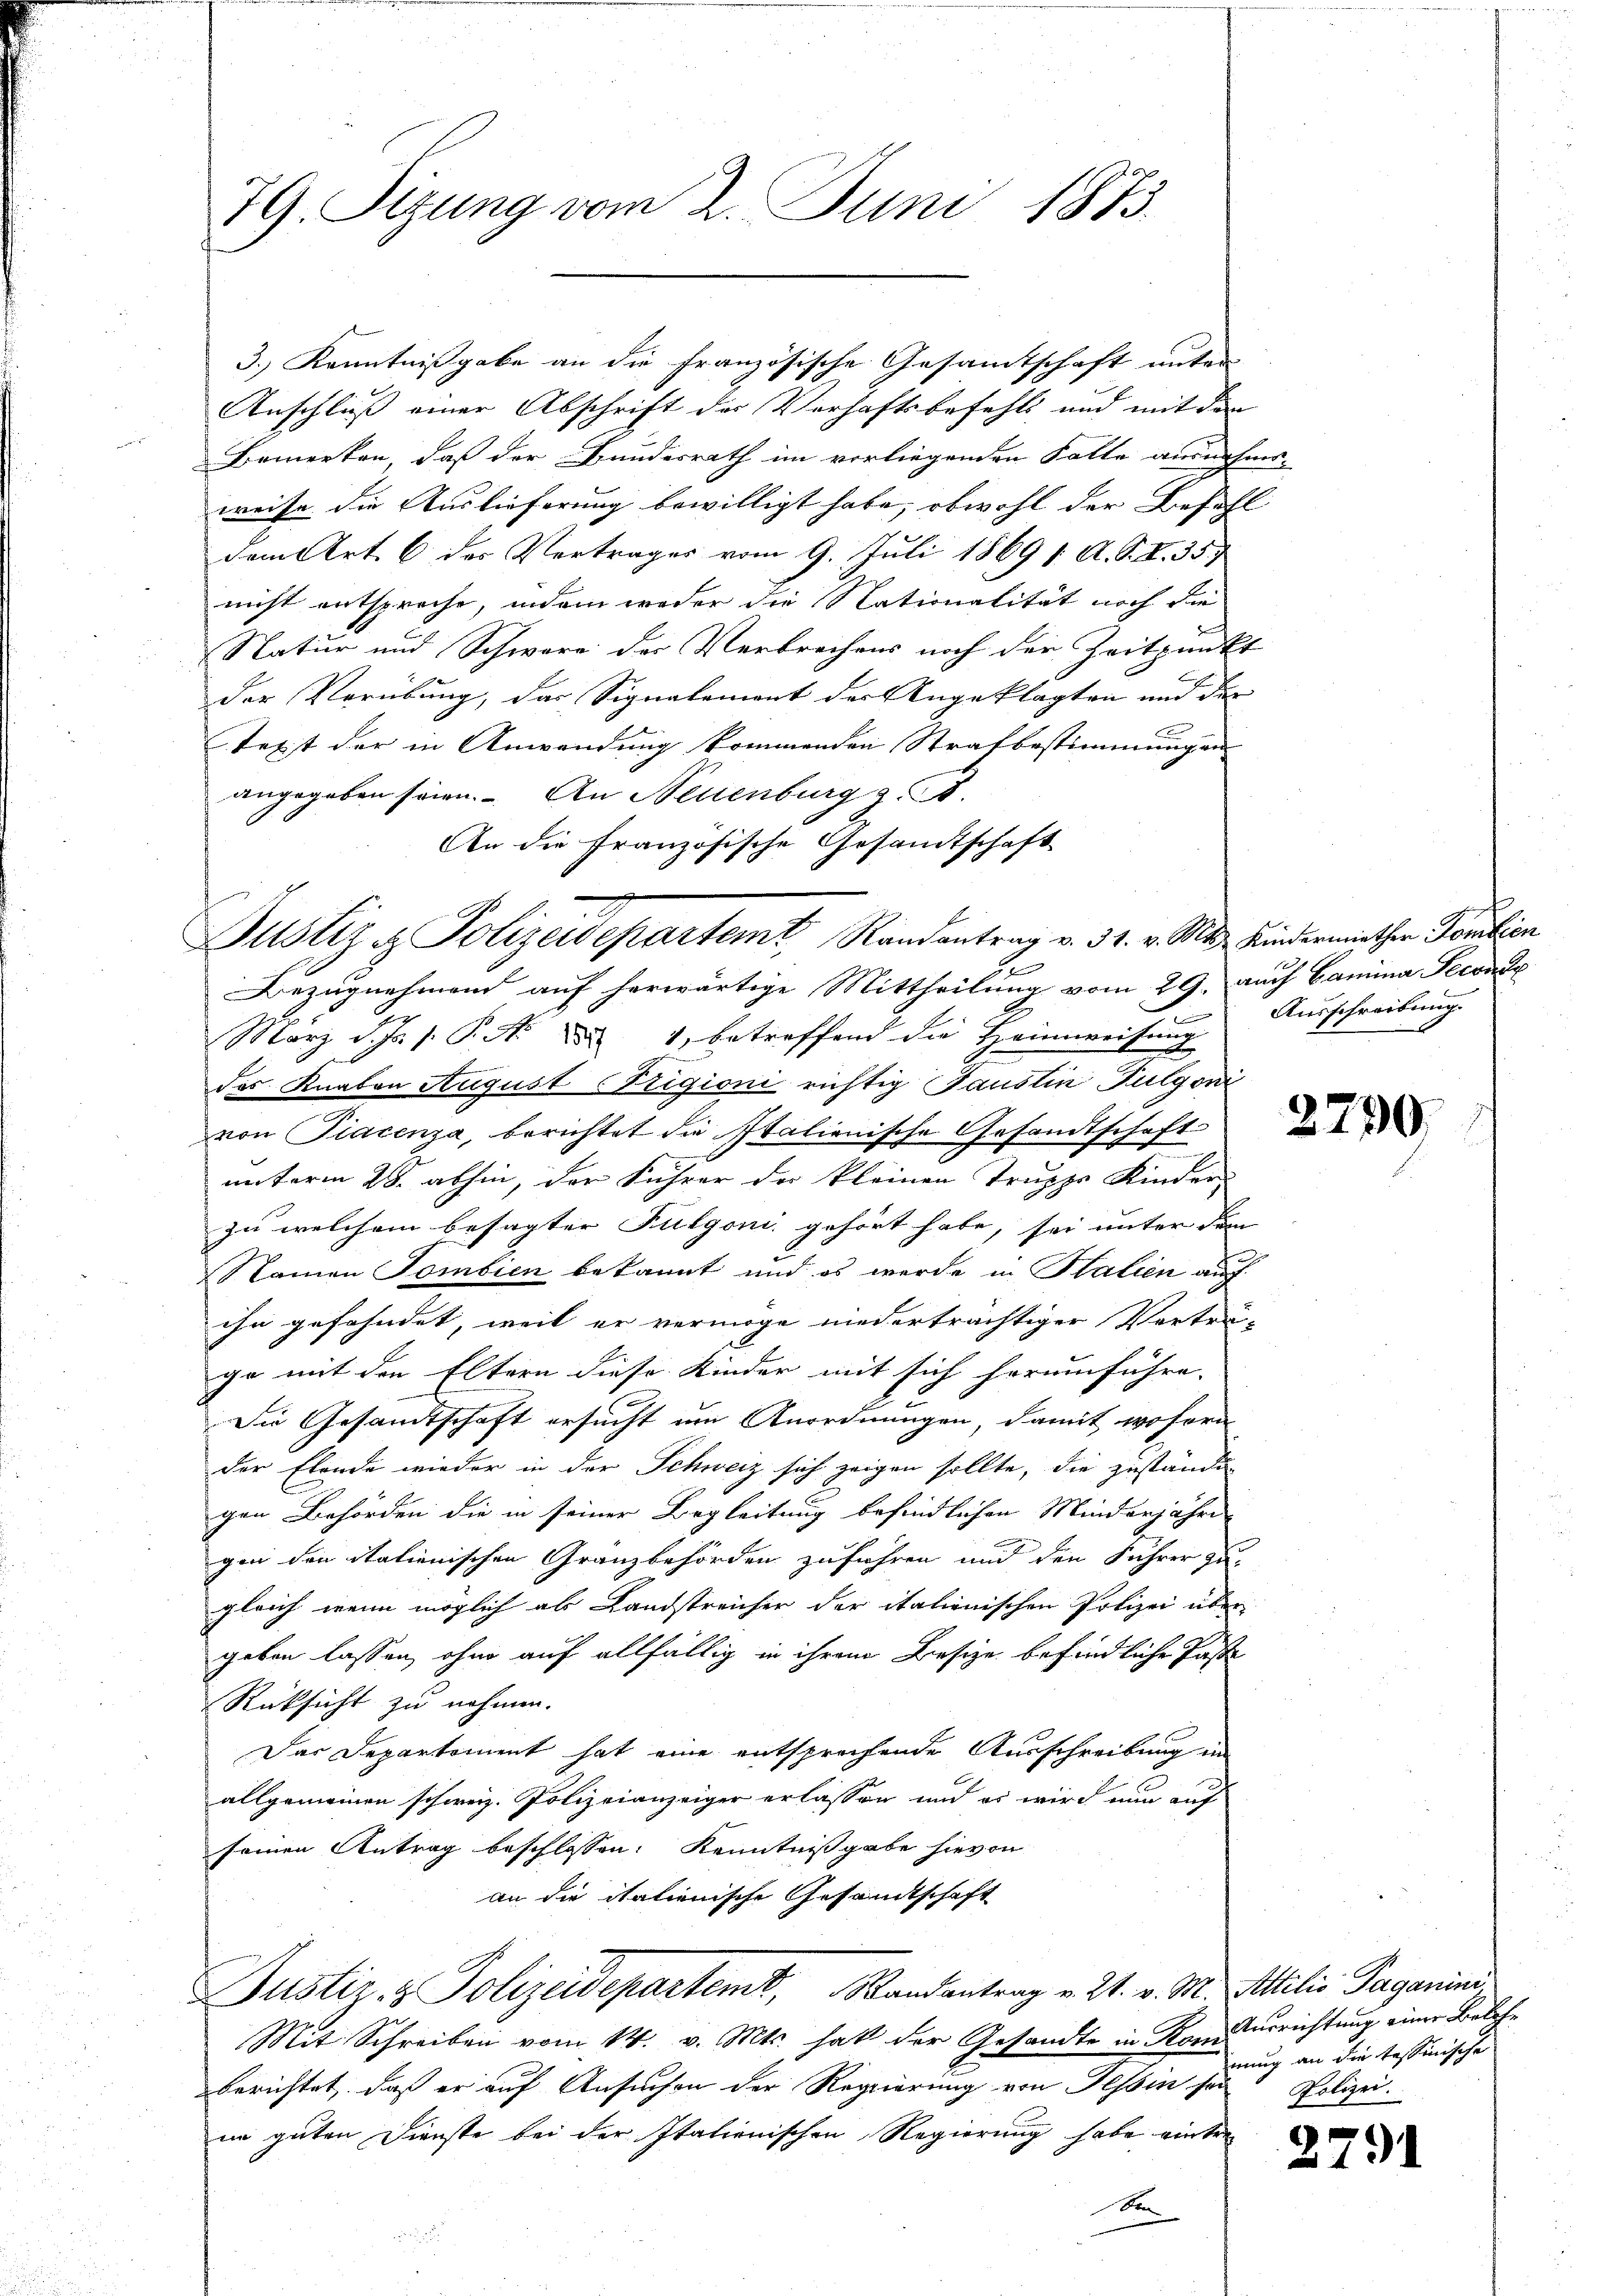
79. Sizung vom 2. Juni 1873.

3.) Kenntnißgabe an die Französische Gesamtschaft unter
Anschluß einer Abschrift der Verhaftsbefehls und mit den
Bemerken, daß der Bundesrath im vorliegenden Falte ausnahme-
weise die Auslieferung bewilligt habe, obwohl der Befehl
dem Art. 6 des Vertrages vom 9. Juli 1869 1. A. S. R. 357
nicht entspreche, indem weder die Nationalität noch die
Natur und Schwere der Verbrechens noch der Zeitpunkt
der Verübung, das Signalement der Angeklagten und der |
text der in Anwendung kommenden Strafbestimmungen
angegeben seien. An Neuenburg z. B.
An die französische Gesandtschaft
Bezugnehmend auf herwärtige Mittheilung vom 29. auch Camina Pecond
März d. Js. 1. P. Nr. 81, betreffend die Heimweisung
des Knaben August (Ptigioni richtig Faustin Fulgoni
von Piacenza, berichtet die Italienische Gesandtschaft
unterm 28. abhin, der Führer der kleinen Truppe Kinder-
zu welchem besagter Fulgoni gehört habe, sei unter dem
Namen Tombien bekannt und es werde in Stalien auf
ihn gefahndet, weil er vermöge niederträchtiger Vorträ-
ga mit den Eltern diese Kinder mit sich herumführe.
Die Gesandtschaft ersucht um Anordnungen, damit, wofern
der Elende wieder in der Schweiz sich zeigen sollte, die zustände
gen Behörden die in seiner Begleitung befindlichen Minderjähre
gen den italienischen Granzbehörden zuführen und den Führer zu
gleich wenn möglich als Landstreicher der italienischen Polizei über
geben lassen, ohne auf allfällig in ihrem Besize befindliche Paste
Rüksicht zu nehmen.
Das Departement hat eine entsprechende Ausschreibung in
allgemeinen schweiz. Polizeianzeiger erlassen und es wird nun auf
seinen Antrag beschlossen: Kenntnißgabe hievon
an die italienische Gesandtschaft
Justiz- & Polizeidepartemt, Randantrag v. 21. v. M. Milis Paganini
Mit Schreiben vom 14. v. Mts. hat der Gesandte in Konkurrichtung einer Belehberichtet, daß er auf Ansuchen der Regierung von Tessin sei
ne guten Dienste bei der Italienischen Regierung habe eintre-
De

Justiz & Polizeidepartemt, Randantrag v. 31. v. Mts. Kindermiether Familien

Ausschreibung.

2790.

nung an die tessinische
Polizei.

2791